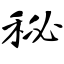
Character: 秘